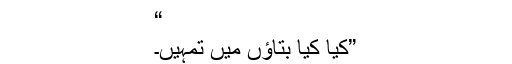
“
”کیا کیا بتاؤں میں تمہیں۔